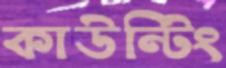
কাউন্টিং